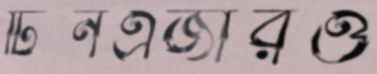
টিনএজারও